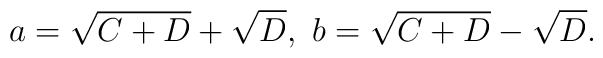
a = \sqrt{C+D} + \sqrt{D}, \ b = \sqrt{C+D} - \sqrt{D}.